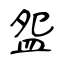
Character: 盌